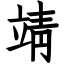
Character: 靖